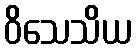
ဝိသေသိယ